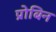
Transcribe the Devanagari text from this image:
प्रोबिन